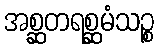
အစ္ဆတရစ္ဆမံသဉ္စ